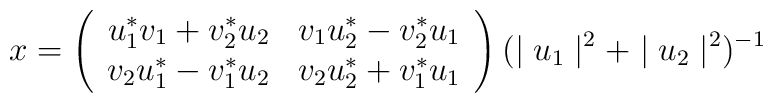
x= \left(\begin{array}{cc}u_{1}^{\ast} v_{1}+v_{2}^{\ast} u_{2}& v_{1}u_{2}^{\ast}-v_{2}^{\ast}u_{1}\\v_{2}u_{1}^{\ast}-v_{1}^{\ast}u_{2} & v_{2}u_{2}^{\ast}+v_{1}^{\ast}u_{1}\end{array}\right) (\mid u_{1}\mid^{2}+\mid u_{2}\mid^{2})^{-1}